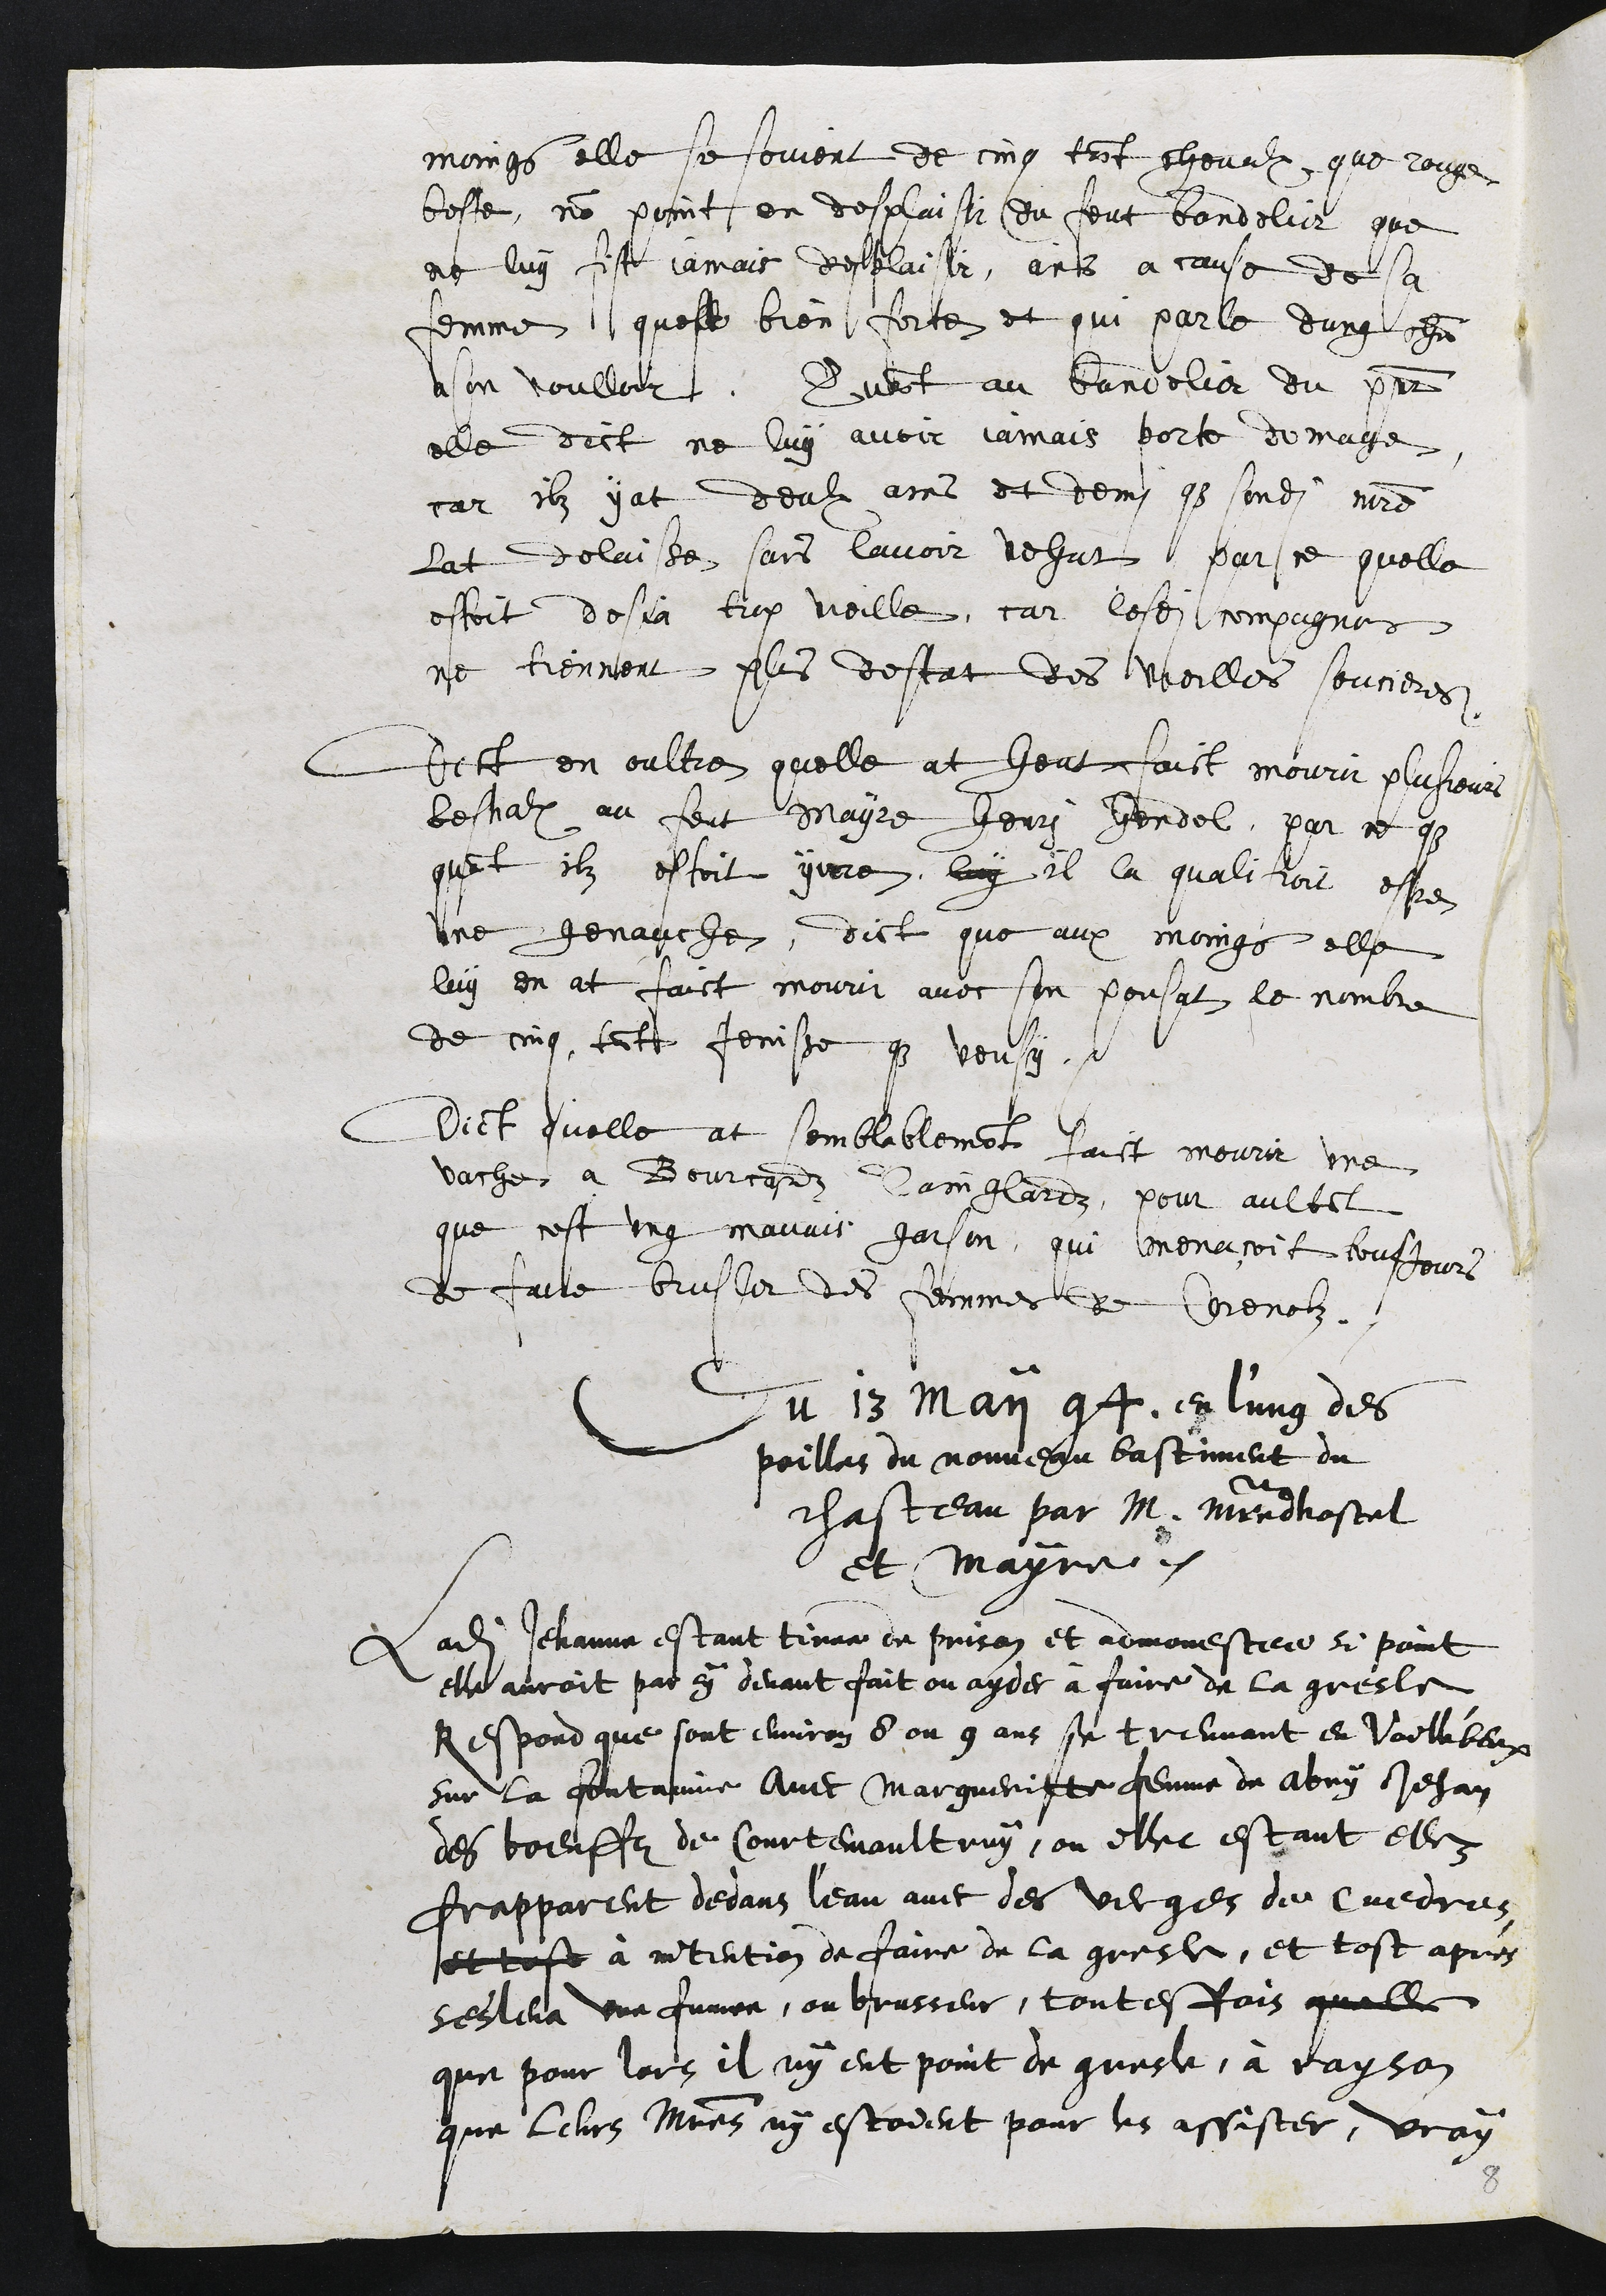
moings elle se sovient de cinq tant chevalx que rouge
beste, non point en desplaisir du feut bandelier que
ne luy fist jamais desplaisir, ains a cause de sa
femme quest bien forte et qui parle dung chn
a son voulloir, Quant au bandelier du present
elle dict ne luy avoir jamais porte domage,
car ilz y at deulx ans et demi que sondit maistre
lat delaisse sans lavoir vehut par ce quelle
estoit desja trop veille, car lesdits compagnons
ne tiennent plus destat des veilles soucieres
Dict en oultre quelle at heut faict mourir plusieurs
bestialx au feut mayre Henry Hendel par ce que
quant ilz estoit yvre, luy il la qualifioit estre
une genauche, dict que aux moings, elle
luy en at faict mourir avec son poussat le nombre
de cinq, tant jenisse et veusy
dict quelle at semblablement faict mourir une
vache a Bourcard Sainglardz, pour aultant
que cest ung mavais garson, qui menacoit tousjours
de faire brusler des femmes de Corenolz.
Du 13 may 94, en l'ung des
poilles du nouveau bastiment du
chasteau par M. Maistre dhostel
et Mayre.
Ladite Jehanne estant tiree de prison et admonestee si point
elle auroit par cy devant fait ou ayder à faire de la gresle,
Respond que sont environ 8 ou 9 ans se treuvant en Voillebeux
sur la fontainne avec Margueritte femme de Abry Jehan
des boeuffz de Courtemaultruy, ou illec estant ellez
frapparent dedans l'eau avec des verges de cuedres,
et tost à intention de faire de la gresle, et tost apres
sesleva une fumee, ou brusseur, toutesfois quelle
que pour lors il ny eut point de gresle, à rayson
que leurs maitres ny estoient pour les assister, vray
8